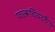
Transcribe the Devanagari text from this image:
फाल्सचिरमजैगर